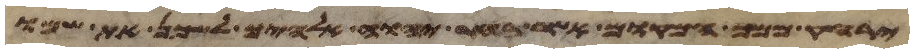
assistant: ירחק ממך המקום אשר בחר יהוה אלהיך לשכן את שמו